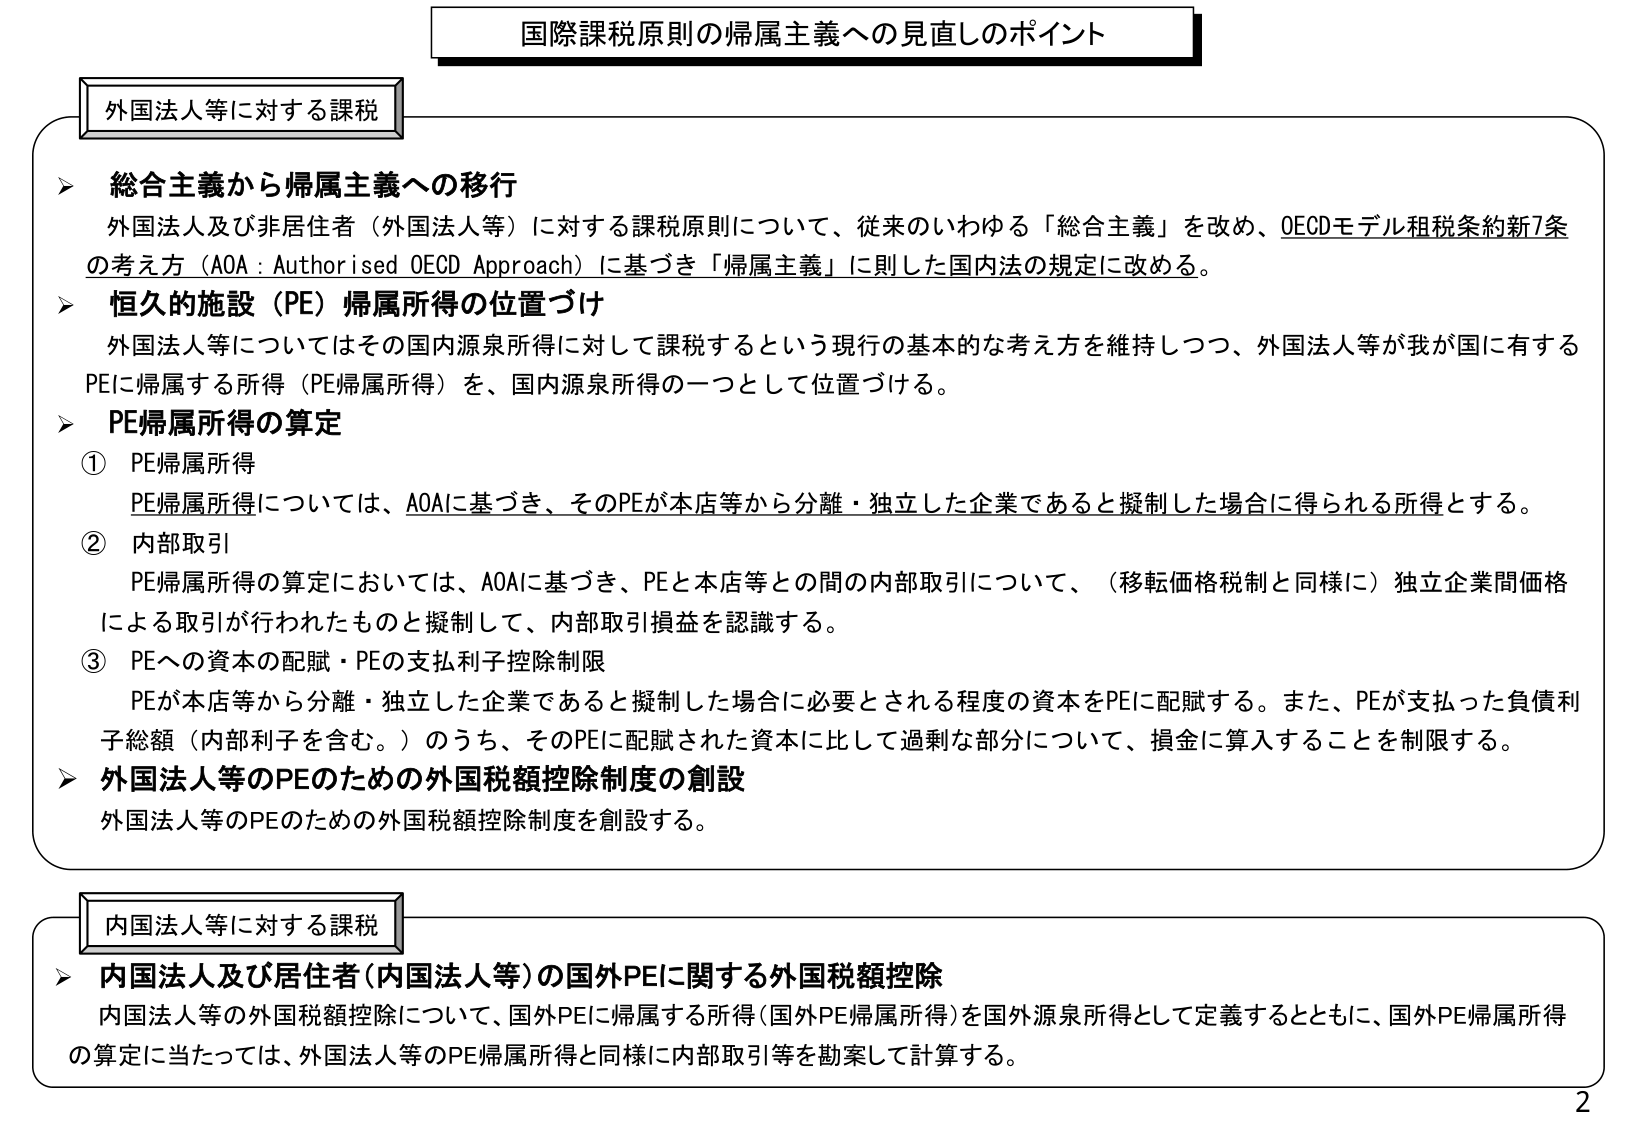
国際課税原則の帰属主義への見直しのポイント

外国法人等に対する課税

▶ 総合主義から帰属主義への移行
外国法人及び非居住者（外国法人等）に対する課税原則について、従来のいわゆる「総合主義」を改め、OECDモデル租税条約新7条の考え方（AOA：Authorised OECD Approach）に基づき「帰属主義」に則した国内法の規定に改める。

▶ 恒久的施設（PE）帰属所得の位置づけ
外国法人等についてはその国内源泉所得に対して課税するという現行の基本的な考え方を維持しつつ、外国法人等が我が国に有するPEに帰属する所得（PE帰属所得）を、国内源泉所得の一つとして位置づける。

▶ PE帰属所得の算定
① PE帰属所得
　PE帰属所得については、AOAに基づき、そのPEが本店等から分離・独立した企業であると擬制した場合に得られる所得とする。
② 内部取引
　PE帰属所得の算定においては、AOAに基づき、PEと本店等との間の内部取引について、（移転価格税制と同様に）独立企業間価格による取引が行われたものと擬制して、内部取引損益を認識する。
③ PEへの資本の配賦・PEの支払利子控除制限
　PEが本店等から分離・独立した企業であると擬制した場合に必要とされる程度の資本をPEに配賦する。また、PEが支払った負債利子総額（内部利子を含む。）のうち、そのPEに配賦された資本に比して過剰な部分について、損金に算入することを制限する。

▶ 外国法人等のPEのための外国税額控除制度の創設
外国法人等のPEのための外国税額控除制度を創設する。

内国法人等に対する課税

▶ 内国法人及び居住者（内国法人等）の国外PEに関する外国税額控除
内国法人等の外国税額控除について、国外PEに帰属する所得（国外PE帰属所得）を国外源泉所得として定義するとともに、国外PE帰属所得の算定に当たっては、外国法人等のPE帰属所得と同様に内部取引等を勘案して計算する。

2